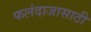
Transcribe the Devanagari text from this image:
फलंदाजासाठी